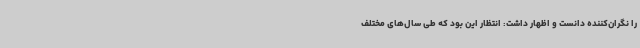
را نگران‌کننده دانست و اظهار داشت: انتظار این بود که طی سال‌های مختلف